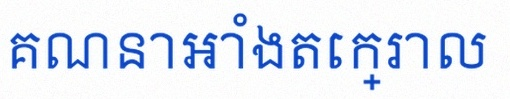
គណនាអាំងតេក្រាល